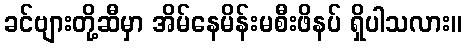
ခင်ဗျားတို့ဆီမှာ အိမ်နေမိန်းမစီးဖိနပ် ရှိပါသလား။